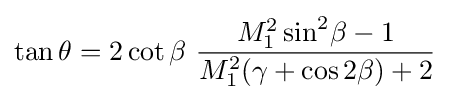
\tan \theta =2\cot \beta \ {\frac {M_{1}^{2}\sin ^{2}\!\beta -1}{M_{1}^{2}(\gamma +\cos 2\beta )+2}}